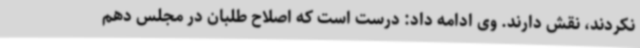
نکردند، نقش دارند. وی ادامه داد: درست است که اصلاح طلبان در مجلس دهم